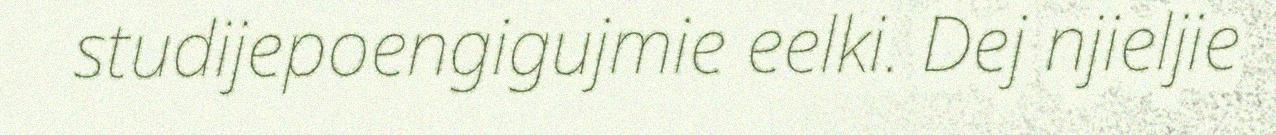
studijepoengigujmie eelki. Dej njieljie